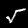
Digit: 5